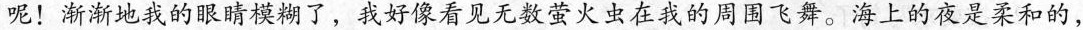
呢！渐渐地我的眼睛模糊了，我好像看见无数萤火虫在我的周围飞舞。海上的夜是柔和的，